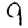
Digit: 9